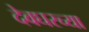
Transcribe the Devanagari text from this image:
देवघरच्या